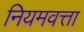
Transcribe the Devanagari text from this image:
नियमवत्ता